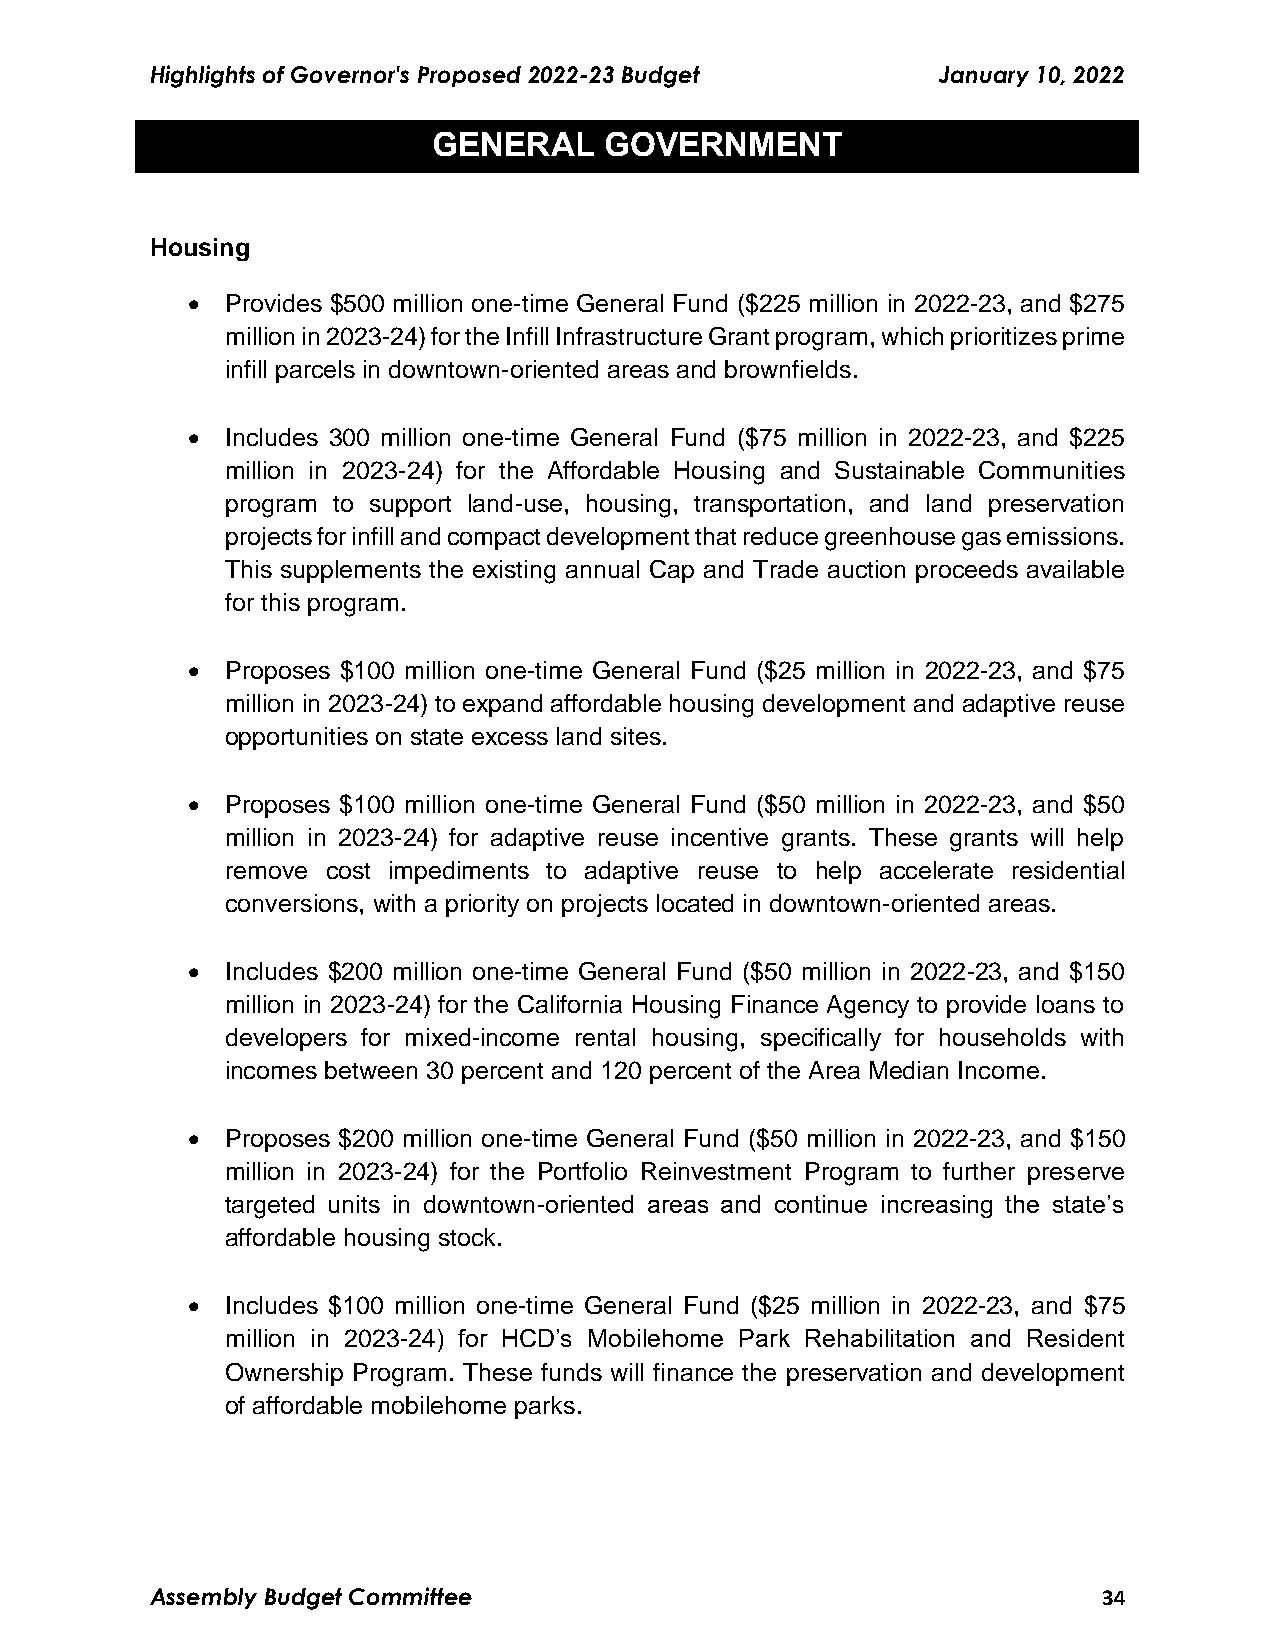
Highlights of Governor's Proposed 2022-23 Budget    January 10, 2022
 GENERAL    GOVERNMENT
 Housing
   Provides $500 million one-time General Fund ($225 million in 2022-23, and $275
 million in 2023-24) for the Infill Infrastructure Grant program, which prioritizes prime
 infill parcels in downtown-oriented areas and brownfields.
   Includes 300 million one-time General Fund ($75 million in 2022-23, and $225
 million in 2023-24) for the Affordable Housing and Sustainable Communities
 program to support land-use, housing, transportation, and land preservation
 projects for infill and compact development that reduce greenhouse gas emissions.
 This supplements the existing annual Cap and Trade auction proceeds available
 for this program.
   Proposes $100 million one-time General Fund ($25 million in 2022-23, and $75
 million in 2023-24) to expand affordable housing development and adaptive reuse
 opportunities on state excess land sites.
   Proposes $100 million one-time General Fund ($50 million in 2022-23, and $50
 million in 2023-24) for adaptive reuse incentive grants. These grants will help
 remove cost impediments to adaptive reuse to help accelerate residential
 conversions, with a priority on projects located in downtown-oriented areas.
   Includes $200 million one-time General Fund ($50 million in 2022-23, and $150
 million in 2023-24) for the California Housing Finance Agency to provide loans to
 developers for mixed-income rental housing, specifically for households with
 incomes between 30 percent and 120 percent of the Area Median Income.
   Proposes $200 million one-time General Fund ($50 million in 2022-23, and $150
 million in 2023-24) for the Portfolio Reinvestment Program to further preserve
 targeted units in downtown-oriented areas and continue increasing the state’s
 affordable housing stock.
   Includes $100 million one-time General Fund ($25 million in 2022-23, and $75
 million in 2023-24) for HCD’s Mobilehome Park Rehabilitation and Resident
 Ownership Program. These funds will finance the preservation and development
 of affordable mobilehome parks.
 Assembly Budget Committee                                      34